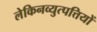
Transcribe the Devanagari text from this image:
लेकिनव्युत्पत्तियों